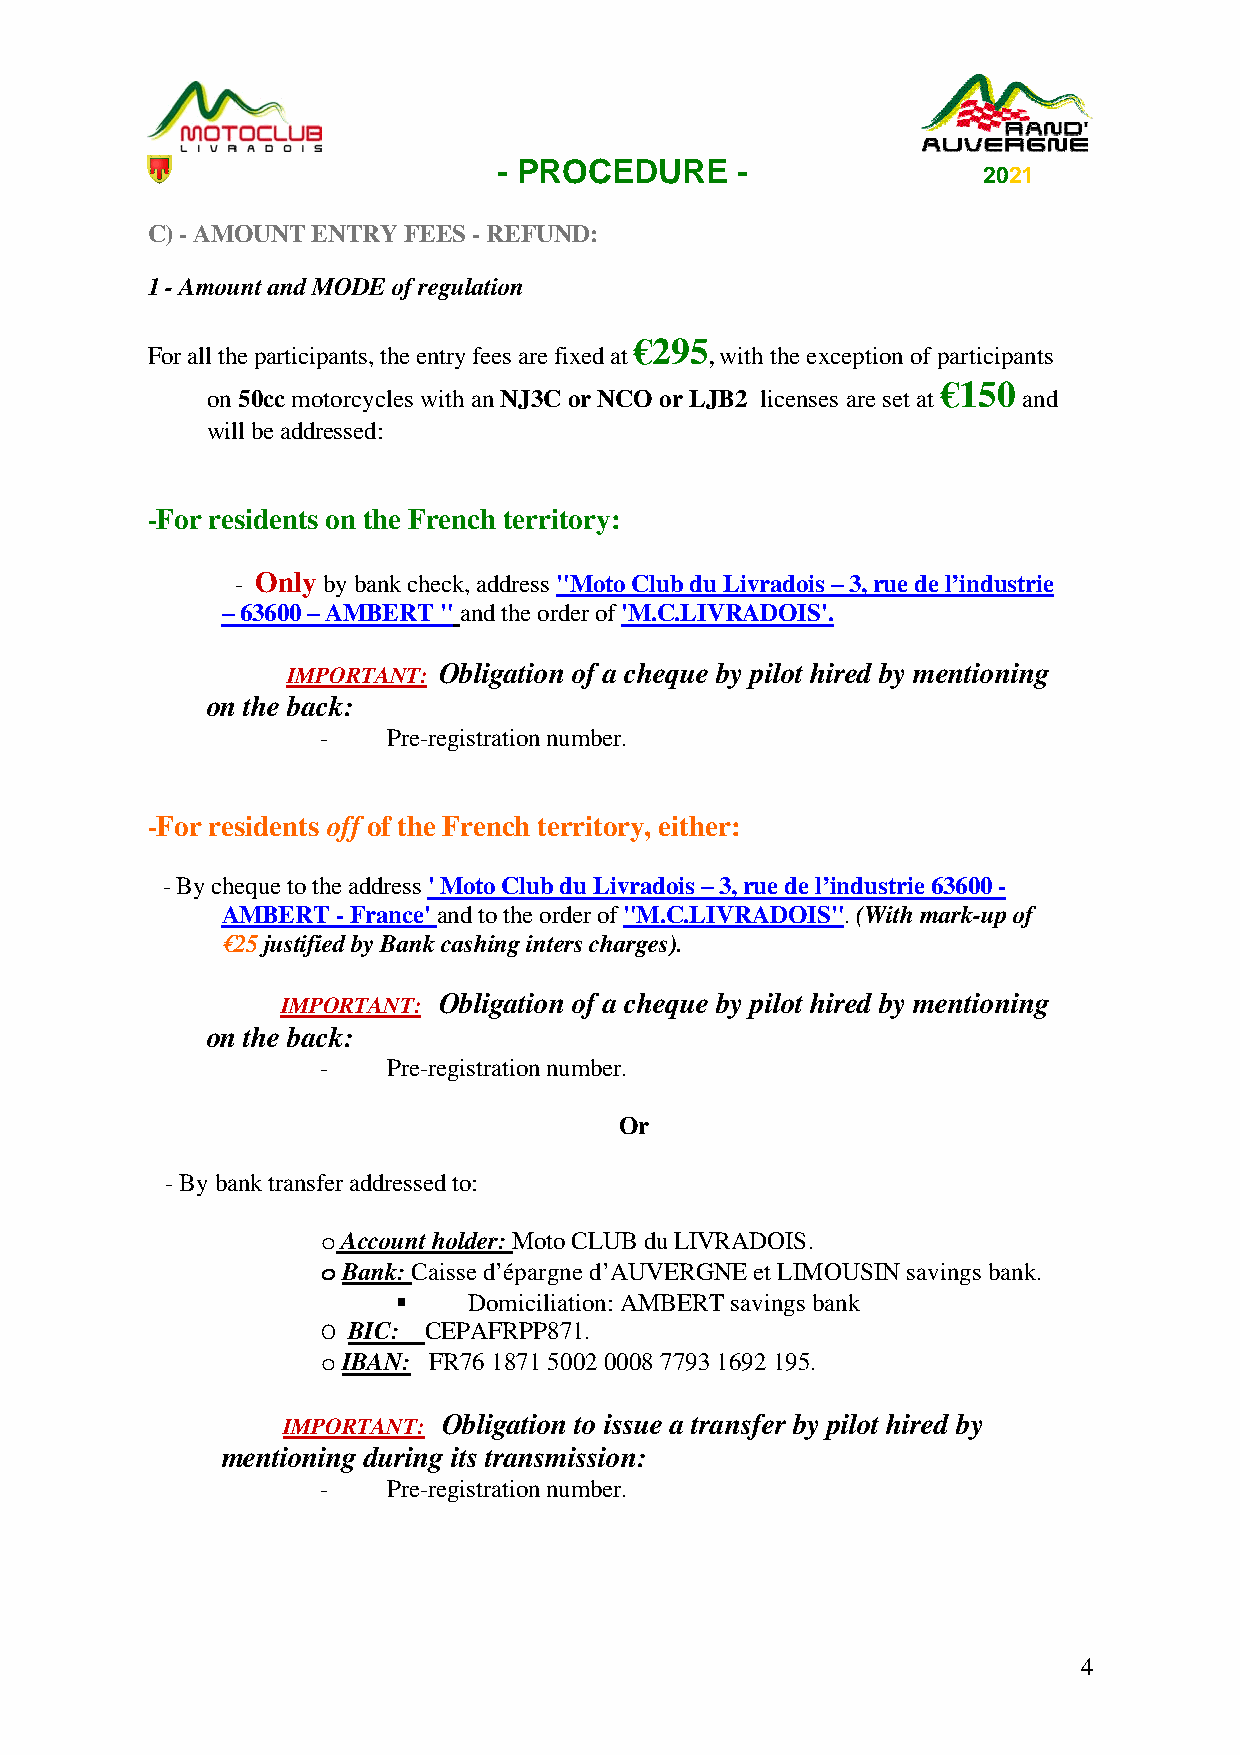
- PROCEDURE     -
 2021
 C) - AMOUNT ENTRY FEES - REFUND:
 1 - Amount and MODE of regulation
 €295
 For all the participants, the entry fees are fixed at , with the exception of participants
 €150
 on 50cc motorcycles with an NJ3C or NCO or LJB2 licenses are set at and
 will be addressed:
 -For residents on the French territory:
 - Only by bank check, address "Moto Club du Livradois – 3, rue de l’industrie
 – 63600 – AMBERT " and the order of 'M.C.LIVRADOIS'.
 IMPORTANT: Obligation of a cheque by pilot hired by mentioning
 on the back:
 -    Pre-registration number.
 -For residents off of the French territory, either:
 - By cheque to the address ' Moto Club du Livradois – 3, rue de l’industrie 63600 -
 AMBERT - France' and to the order of "M.C.LIVRADOIS". (With mark-up of
 €25 justified by Bank cashing inters charges).
 IMPORTANT: Obligation of a cheque by pilot hired by mentioning
 on the back:
 -    Pre-registration number.
 Or
 - By bank transfer addressed to:
 o Account holder: Moto CLUB du LIVRADOIS.
 o Bank: Caisse d’épargne d’AUVERGNE et LIMOUSIN savings bank.
     Domiciliation: AMBERT savings bank
 O BIC: CEPAFRPP871.
 o IBAN: FR76 1871 5002 0008 7793 1692 195.
 IMPORTANT: Obligation to issue a transfer by pilot hired by
 mentioning during its transmission:
 -    Pre-registration number.
 4